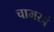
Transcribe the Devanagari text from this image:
चामरवुं